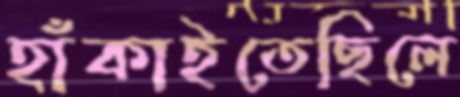
হাঁকাইতেছিলে